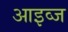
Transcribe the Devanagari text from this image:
आइव्ज